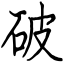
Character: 破